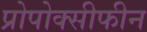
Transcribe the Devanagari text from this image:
प्रोपोक्सीफीन